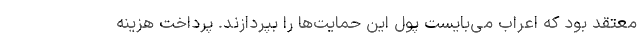
معتقد بود که اعراب می­بایست پول این حمایت­ها را بپردازند. پرداخت هزینه